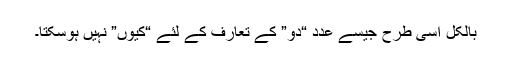
بالکل اسی طرح جیسے عدد “دو” کے تعارف کے لئے “کیوں” نہیں ہوسکتا۔